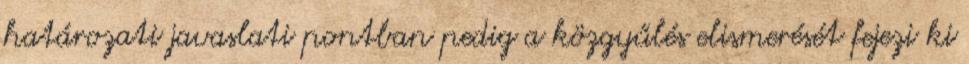
határozati javaslati pontban pedig a közgyűlés elismerését fejezi ki